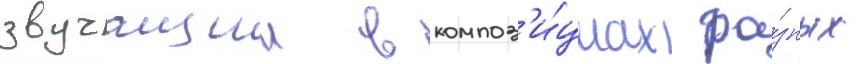
звучащии в композ'и́циах ра́зных